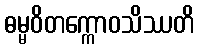
ဓမ္မဝိတက္ကောဝသိဿတိ